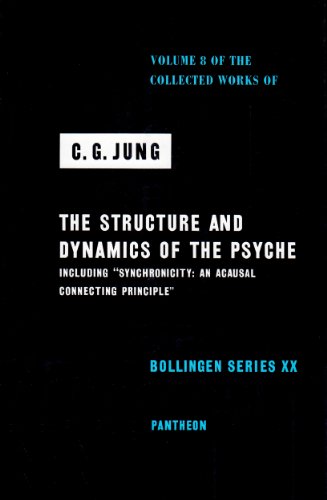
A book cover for The Structure and Dynamics of the Psyche (Collected Works of C.G. Jung, Volume 8); C. G. Jung; Medical Books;